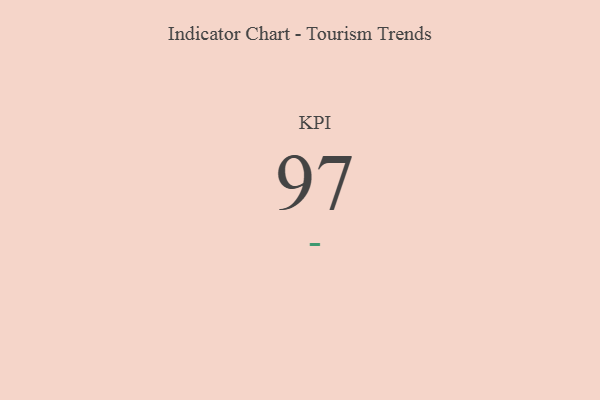
{"axis": {"x": "KPI", "y": "Value"}, "legend": [""], "data": [{"x": "KPI", "y": 97, "type": ""}]}